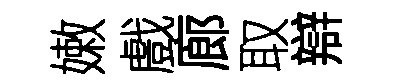
嫩戲廊取辯